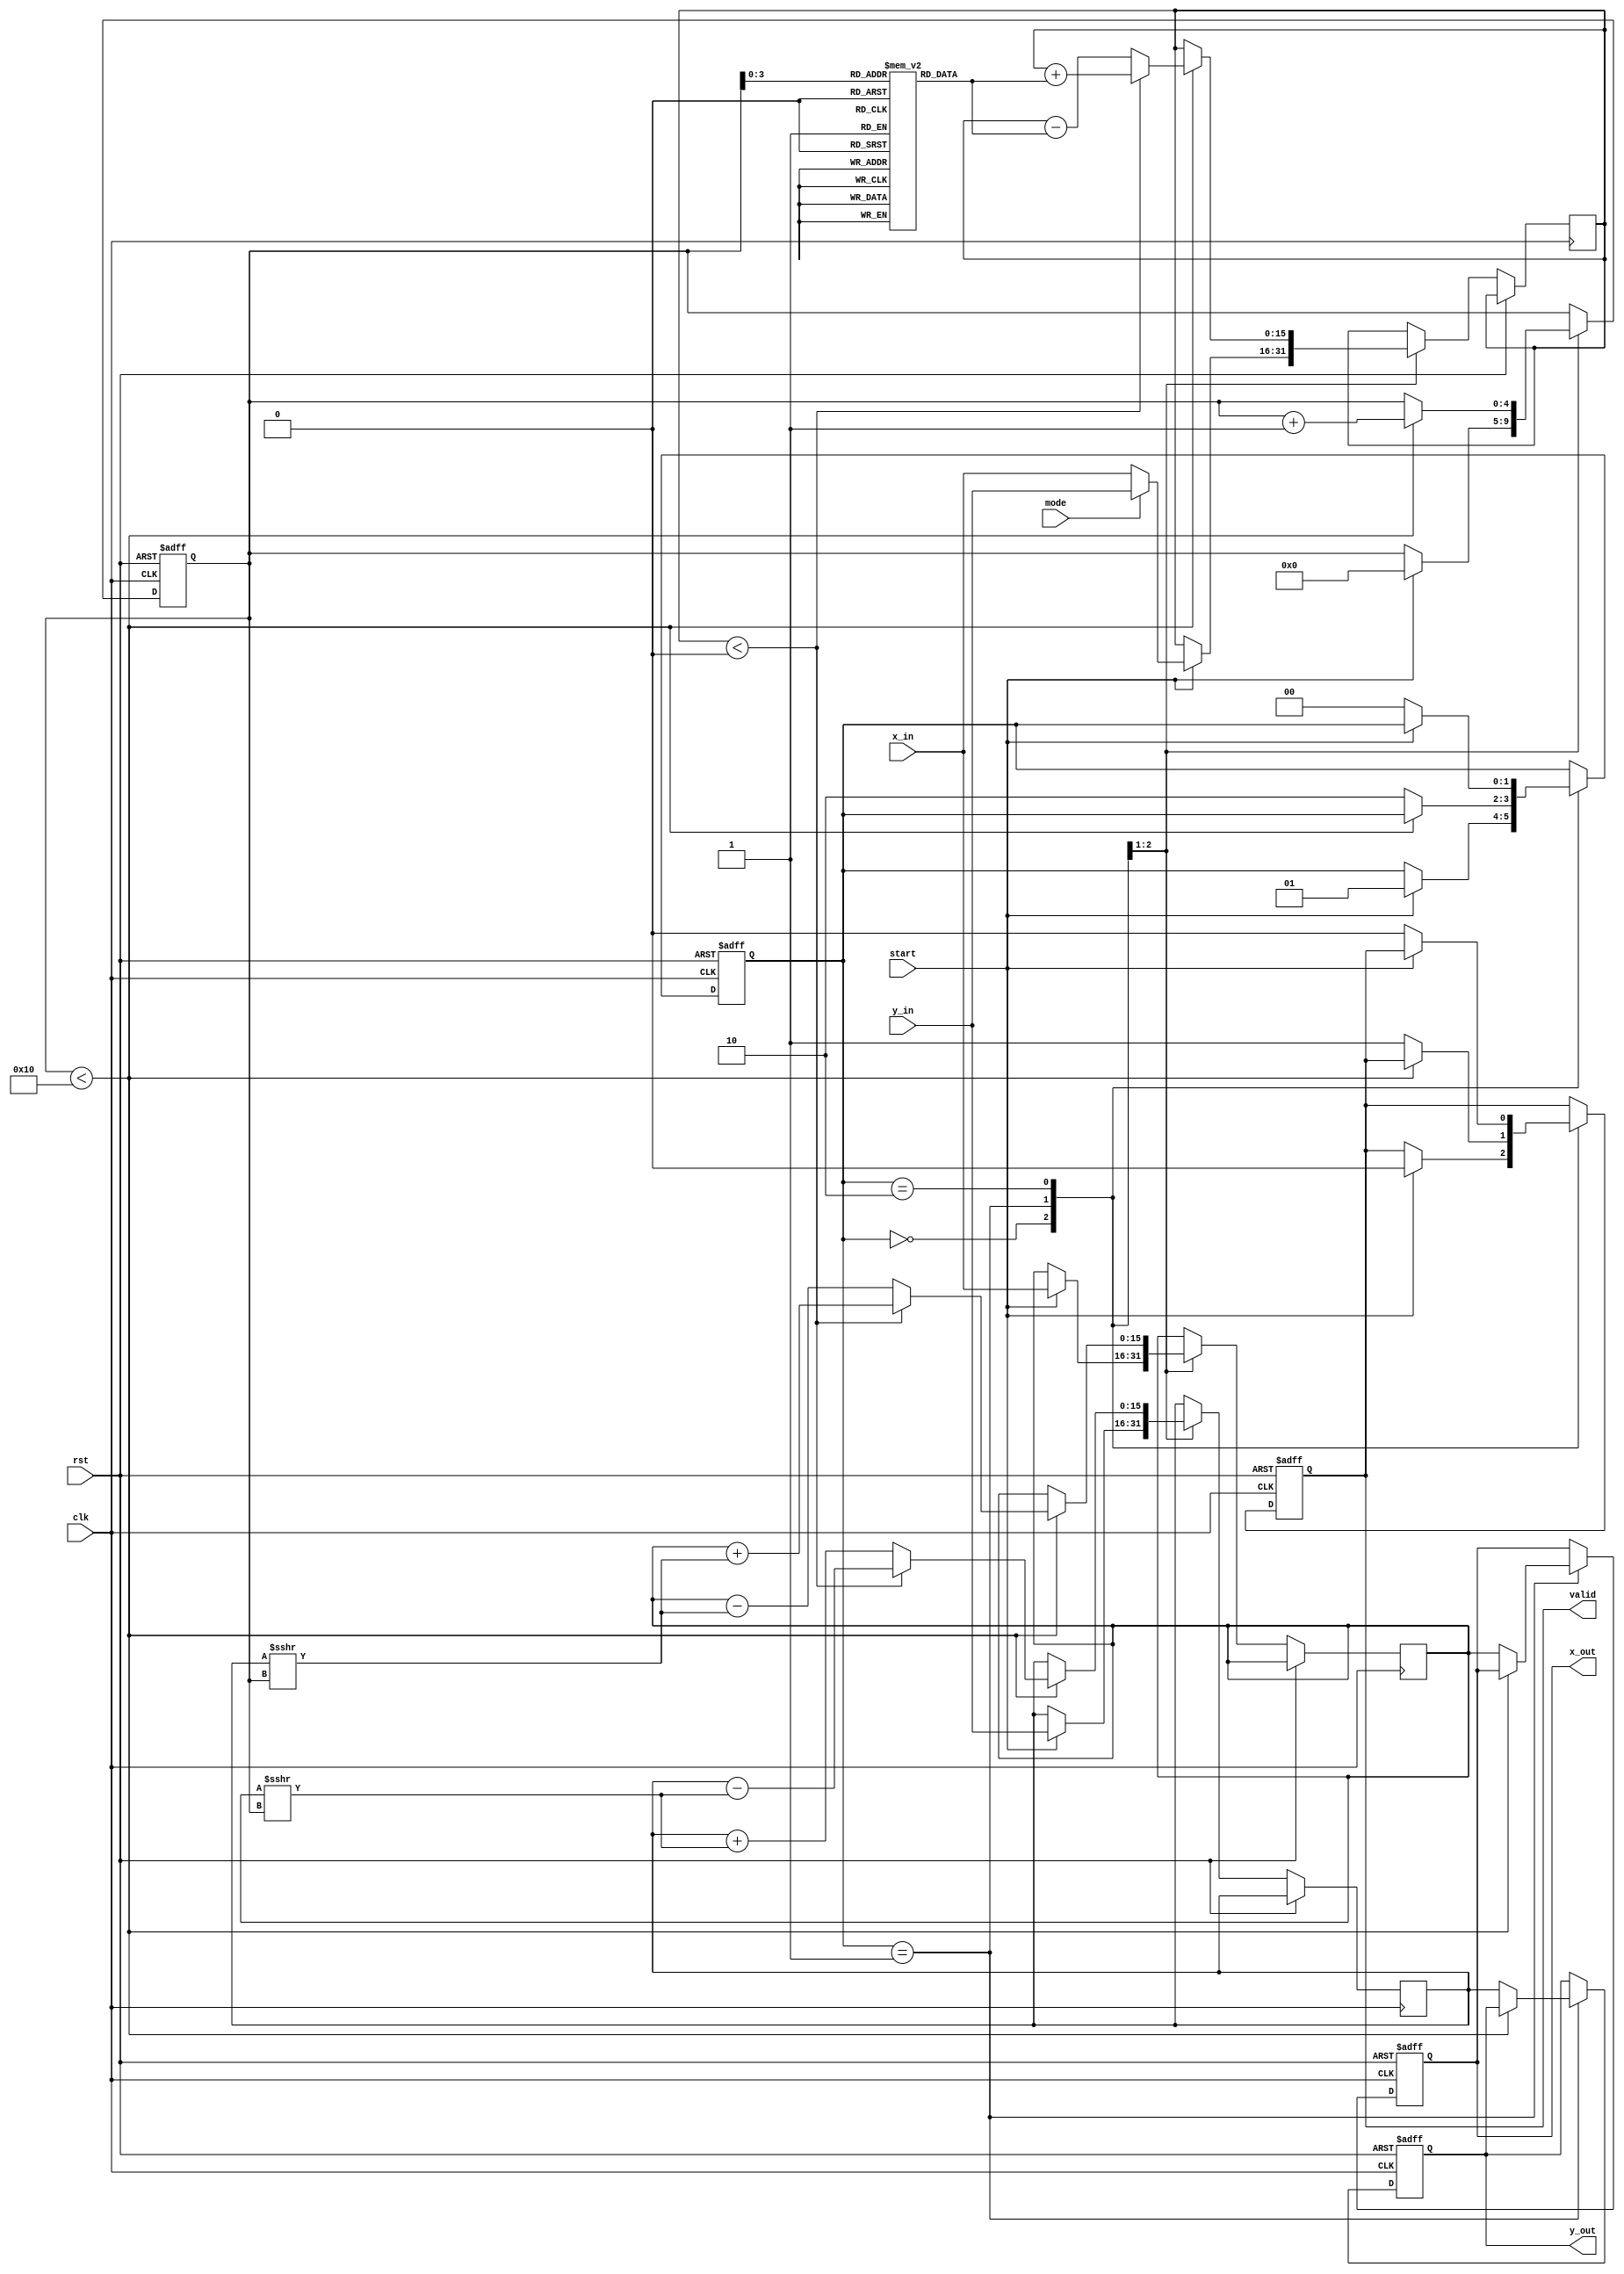
module cordic #(
    parameter WIDTH = 16,         // Fixed-point width
    parameter ITERATIONS = 16     // Number of iterations
)(
    input wire clk,
    input wire rst,
    input wire start,
    input wire mode,               // 0 for rotation, 1 for vectoring
    input wire signed [WIDTH-1:0] x_in, // Input x (for vectoring) or angle (for rotation)
    input wire signed [WIDTH-1:0] y_in, // Input y (for vectoring)
    output reg signed [WIDTH-1:0] x_out,
    output reg signed [WIDTH-1:0] y_out,
    output reg valid
);

    // CORDIC angle lookup table (arctan(2^-i) for i = 0 to ITERATIONS-1)
    reg signed [WIDTH-1:0] atan_table [0:ITERATIONS-1];
    initial begin
        // Initialize the arctangent values (scaled appropriately)
        atan_table[0] = 16'h3FFF; // atan(1) = 45 degrees in fixed-point
        atan_table[1] = 16'h2000; // atan(0.5) = 26.565 degrees
        atan_table[2] = 16'h1666; // atan(0.3333) = 18.4349 degrees
        // Continue initializing for all iterations...
        // atan_table[3] = ...
        // ...
    end

    reg signed [WIDTH-1:0] x_reg, y_reg, z_reg;
    reg [4:0] iter_count;
    reg [1:0] state;

    localparam IDLE = 2'b00, RUN = 2'b01, DONE = 2'b10;

    always @(posedge clk or posedge rst) begin
        if (rst) begin
            x_out <= 0;
            y_out <= 0;
            valid <= 0;
            state <= IDLE;
            iter_count <= 0;
        end else begin
            case (state)
                IDLE: begin
                    if (start) begin
                        // Initialize registers
                        x_reg <= x_in;
                        y_reg <= y_in;
                        z_reg <= mode ? y_in : x_in; // Use y_in for vectoring mode
                        iter_count <= 0;
                        state <= RUN;
                        valid <= 0;
                    end
                end

                RUN: begin
                    if (iter_count < ITERATIONS) begin
                        // CORDIC iteration
                        if (z_reg < 0) begin
                            // Rotate counter-clockwise
                            x_reg <= x_reg + (y_reg >>> iter_count);
                            y_reg <= y_reg - (x_reg >>> iter_count);
                            z_reg <= z_reg + atan_table[iter_count];
                        end else begin
                            // Rotate clockwise
                            x_reg <= x_reg - (y_reg >>> iter_count);
                            y_reg <= y_reg + (x_reg >>> iter_count);
                            z_reg <= z_reg - atan_table[iter_count];
                        end
                        iter_count <= iter_count + 1;
                    end else begin
                        // Finished iterations
                        x_out <= x_reg;
                        y_out <= y_reg;
                        valid <= 1;
                        state <= DONE;
                    end
                end

                DONE: begin
                    if (!start) begin
                        state <= IDLE; // Ready for next operation
                        valid <= 0;
                    end
                end
            endcase
        end
    end
endmodule